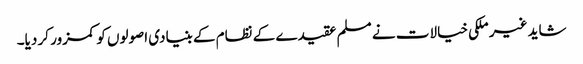
شاید غیر ملکی خیالات نے مسلم عقیدے کے نظام کے بنیادی اصولوں کو کمزور کر دیا۔